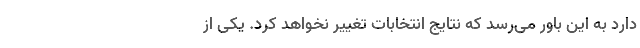
دارد به این باور می‌رسد که نتایج انتخابات تغییر نخواهد کرد. یکی از